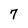
Character: 7